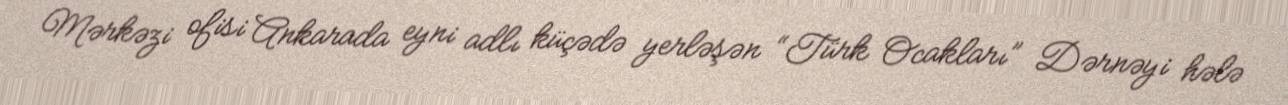
Mərkəzi ofisi Ankarada eyni adlı küçədə yerləşən “Türk Ocakları” Dərnəyi hələ